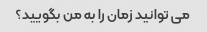
می توانید زمان را به من بگویید؟